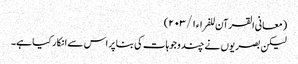
(معانی القرآن للفراء ١/ ٢٠٣)
لیکن بصریوں نے چند وجوہات کی بنا پر اس سے انکار کیا ہے۔